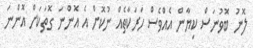
ލޮނު ބޮވުނަސް ކިޔާން އެއްވެސް ހަރަކާތެއް ނުކޮށް އެ އޮންނަ ގޮތަކަށް އޮންނަ